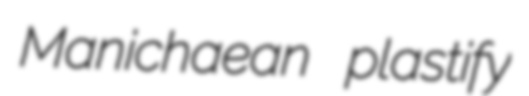
Manichaean plastify